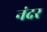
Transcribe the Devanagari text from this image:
नंदर